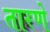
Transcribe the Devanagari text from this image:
तारणे